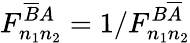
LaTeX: F_{n_{1}n_{2}}^{\overline{{B}}A}=1/F_{n_{1}n_{2}}^{B\overline{{A}}}